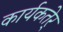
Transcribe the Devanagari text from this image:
कार्यकतेर्